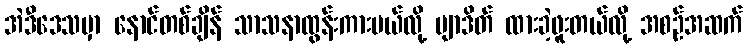
အဲဒီဒေသမှာ နောင်တစ်ချိန် သာသနာထွန်းကားမယ်လို့ ဗျာဒိတ် ထားခဲ့ဖူးတယ်လို့ အစဉ်အဆက်